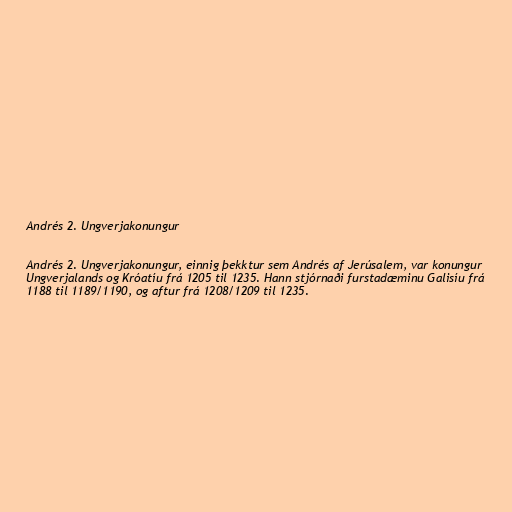
Andrés 2. Ungverjakonungur

Andrés 2. Ungverjakonungur, einnig þekktur sem Andrés af Jerúsalem, var konungur
Ungverjalands og Króatíu frá 1205 til 1235. Hann stjórnaði furstadæminu Galisíu frá
1188 til 1189/1190, og aftur frá 1208/1209 til 1235.